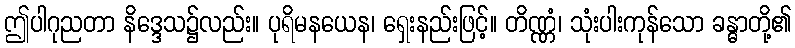
ဤပါဂုညတာ နိဒ္ဒေသ၌လည်း။ ပုရိမနယေန၊ ရှေးနည်းဖြင့်။ တိဏ္ဏံ၊ သုံးပါးကုန်သော ခန္ဓာတို့၏